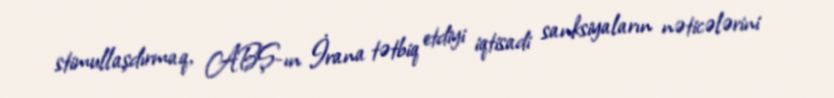
stimullaşdırmaq, ABŞ-ın İrana tətbiq etdiyi iqtisadi sanksiyaların nəticələrini